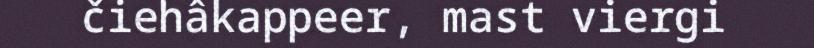
čiehâkappeer, mast viergi